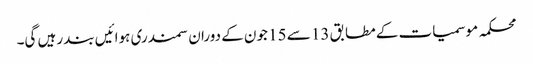
محکمہ موسمیات کے مطابق 13 سے 15 جون کے دوران سمندری ہوائیں بند رہیں گی۔